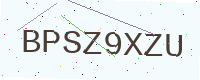
Text: BPSZ9XZU